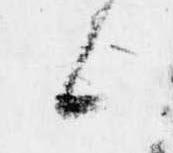
候